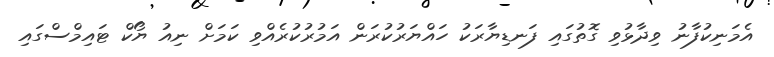
އެމަނިކުފާނު ވިދާޅުވި ގޮތުގައި ފަނޑިޔާރަކު ހައްޔަރުކުރަން އަމުރުކުރެއްވި ކަމަށް ނިއު ޔޯކް ޓައިމްސްގައި